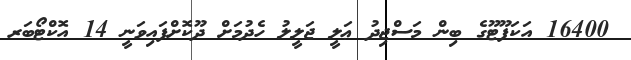
16400 އަކަފޫޓޫގެ ބިން މަސްޖިދު ޢަލީ ޖަލީލު ހެދުމަށް ދޫކޮށްފައިވަނީ 14 އޮކްޓޯބަރ